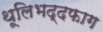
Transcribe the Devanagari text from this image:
थूलिभद्दफाग